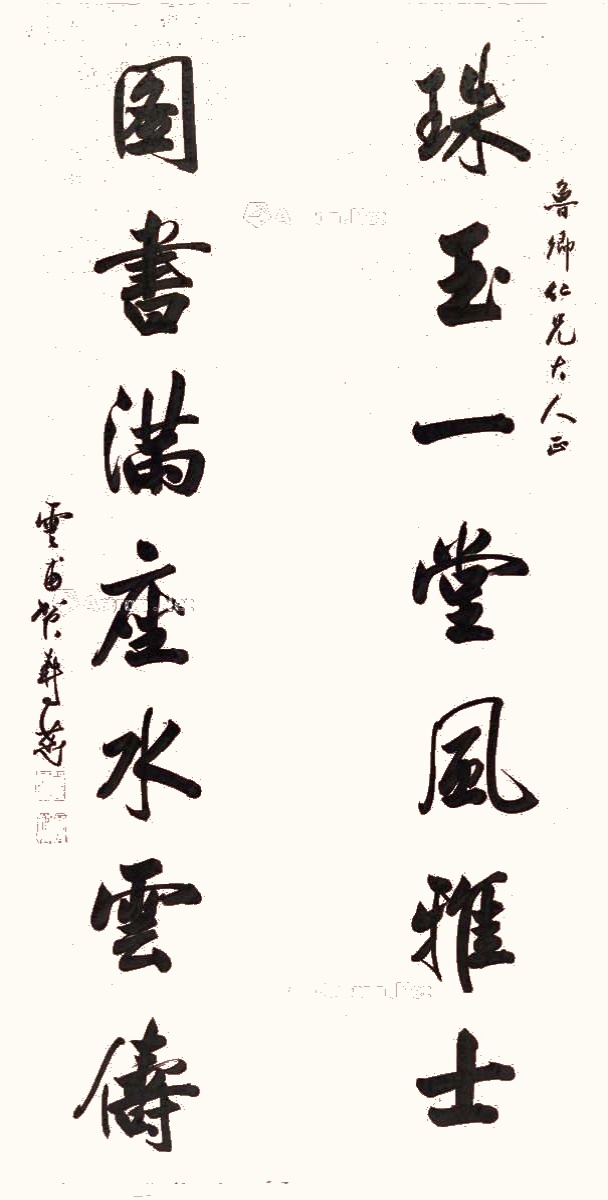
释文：珠玉一堂风雅士，图书满座水云俦。鲁卿仁兄大人正，云甫贺寿慈。